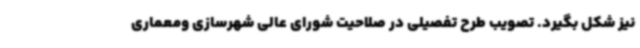
نیز شکل بگیرد. تصویب طرح تفصیلی در صلاحیت شورای عالی شهرسازی ومعماری